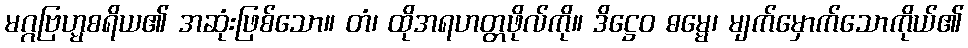
မဂ္ဂဗြဟ္မစရိယ၏ အဆုံးဖြစ်သော။ တံ၊ ထိုအရဟတ္တဖိုလ်ကို။ ဒိဋ္ဌေဝ ဓမ္မေ၊ မျက်မှောက်သောကိုယ်၏